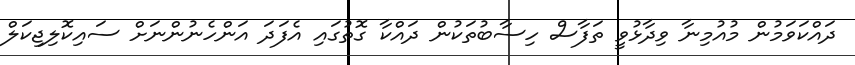
ދައްކަވަމުން މުއުމިނާ ވިދާޅުވީ ތަފާސް ހިސާބުތަކުން ދައްކާ ގޮތުގައި އެފަދަ އަންހެނުންނަށް ސައިކޮލިޖިކަލް